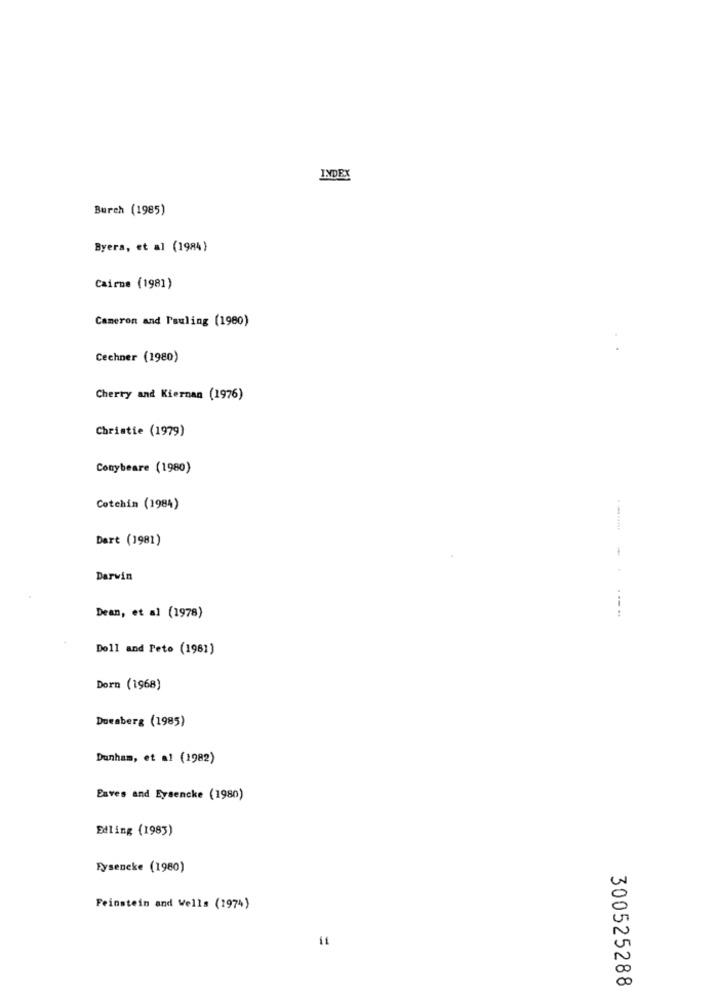
INDEX
Burch (1985)
Byers, et al (1984)
Cairne (1981)
Cameron and Pauling (1980)
Cechner (1980)
Cherry and Kiernan (1976)
Christie (1979)
Conybeare (1980)
Cotchin (1984)
Dart (1981)
Darwin
Dean, et al (1978)
Doll and Pete (1981)
Dorn (1968)
Dueaberg (1985)
Dunham, et al (1982)
Eaves and Eysencke (1980)
Edling (1983)
Fysencke (1980)
Feinstein and Wells (1974)
300525288